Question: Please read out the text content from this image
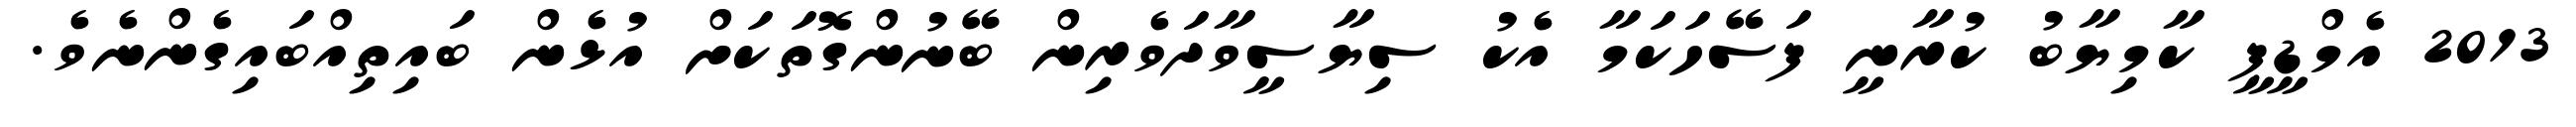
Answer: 2013 އެމްޑީޕީ ކާމިޔާބު ކުރާނީ ފަސޭހަކަމާ އެކު ސިޔާސީވާދަވެރިން ބޭނުންގޮތަކަށް އުޅެން ބައިތިއްބައިގެންނެވެ.